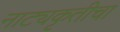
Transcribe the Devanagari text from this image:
नाट्यकृतीचा